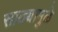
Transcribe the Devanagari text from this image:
साठ्यामुळे